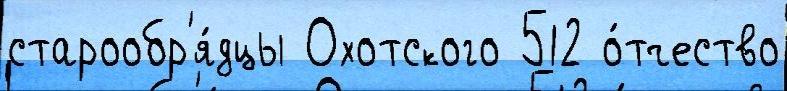
старообр'я́дцы Охотского 512 о́тчество